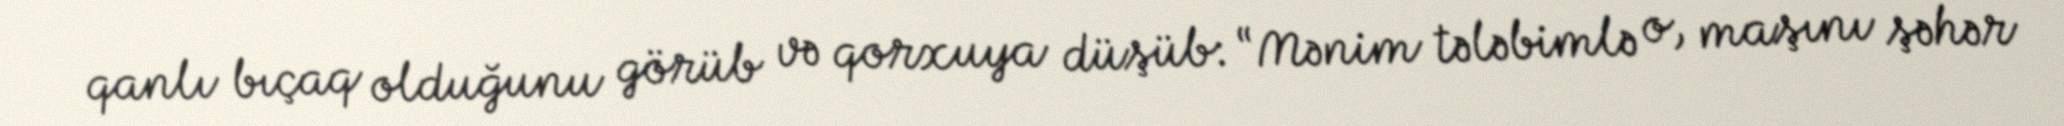
qanlı bıçaq olduğunu görüb və qorxuya düşüb: “Mənim tələbimlə o, maşını şəhər